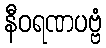
နီဝရဏပဗ္ဗံ